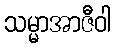
သမ္မာအာဇီဝါ